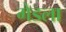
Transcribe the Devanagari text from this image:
गेडला